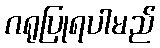
ဂရုပြုရပါမည်